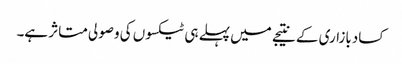
کسادبازاری کے نتیجے میں پہلے ہی ٹیکسوں کی وصولی متاثر ہے۔